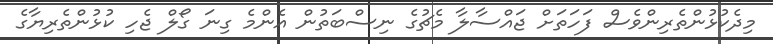
މިދެކުޅުންތެރިންވެސް ފަހަތަށް ޖައްސާލާ މެޗުގެ ނިސްބަތުން އެންމެ ގިނަ ގޯލް ޖެހި ކުޅުންތެރިޔާގެ